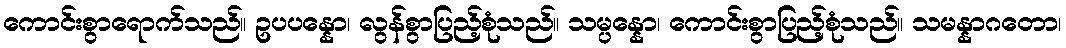
ကောင်းစွာရောက်သည်။ ဥပပန္နော၊ လွန်စွာပြည့်စုံသည်။ သမ္ပန္နော၊ ကောင်းစွာပြည့်စုံသည်။ သမန္နာဂတော၊